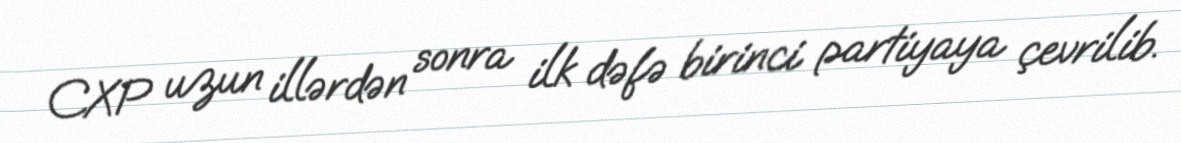
CXP uzun illərdən sonra ilk dəfə birinci partiyaya çevrilib.